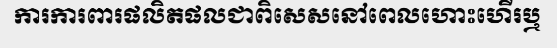
ការការពារផលិតផលជាពិសេសនៅពេលហោះហើរឬ